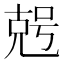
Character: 𠒠